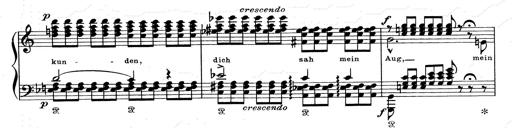
Title: Aus Lohengrin
Composer: Franz Liszt